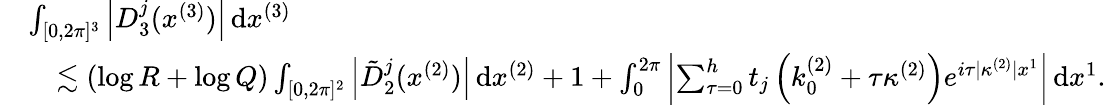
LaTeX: \begin{array}{rl}&{\int_{[0,2\pi]^{3}}\left\vert D_{3}^{j}(x^{(3)})\right\vert\, \textnormal{d}x^{(3)}}\\ &{\quad\lesssim(\log R+\log Q)\int_{[0,2\pi]^{2}}\left\vert\tilde{D}_{2}^{j}(x^{(2)})\right\vert\, \textnormal{d}x^{(2)}+1+\int_{0}^{2\pi}\left\vert\sum_{\tau=0}^{h}t_{j}\left(k_{0}^{(2)}+\tau\kappa^{(2)}\right)e^{i\tau|\kappa^{(2)}|x^{1}}\right\vert\, \textnormal{d}x^{1}.}\end{array}